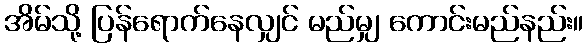
အိမ်သို့ ပြန်ရောက်နေလျှင် မည်မျှ ကောင်းမည်နည်း။